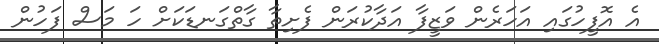
އެ އޮފީހުގައި އަހަރެން ވަޒީފާ އަދާކުރަން ފެށިތާ ގާތްގަނޑަކަށް ހަ މަސް ފަހުން